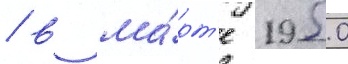
/ в ма́рт'е 1950